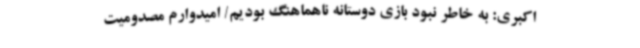
اکبری: به خاطر نبود بازی دوستانه ناهماهنگ بودیم/ امیدوارم مصدومیت